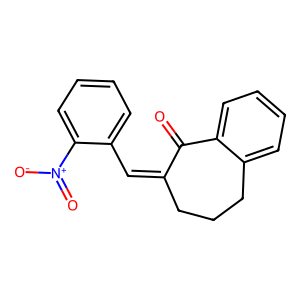
SMILES: O=C1C(=Cc2ccccc2[N+](=O)[O-])CCCc2ccccc21
Inhibits HIV replication: No